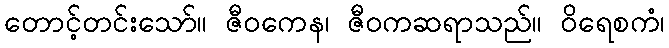
တောင့်တင်းသော်။ ဇီဝကေန၊ ဇီဝကဆရာသည်။ ဝိရေစကံ၊